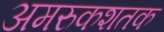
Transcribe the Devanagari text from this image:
अमरुकशतक